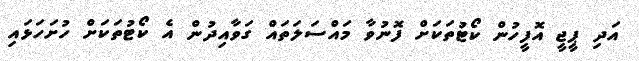
އަދި ޕީޖީ އޮފީހުން ކޯޓުތަކަށް ފޮނުވާ މައްސަލަތައް ގަވާއިދުން އެ ކޯޓުތަކަށް ހުށަހަޅައި